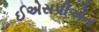
ઈએસપીએન